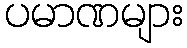
ပမာဏများ